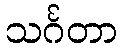
သင်္ဂတာ